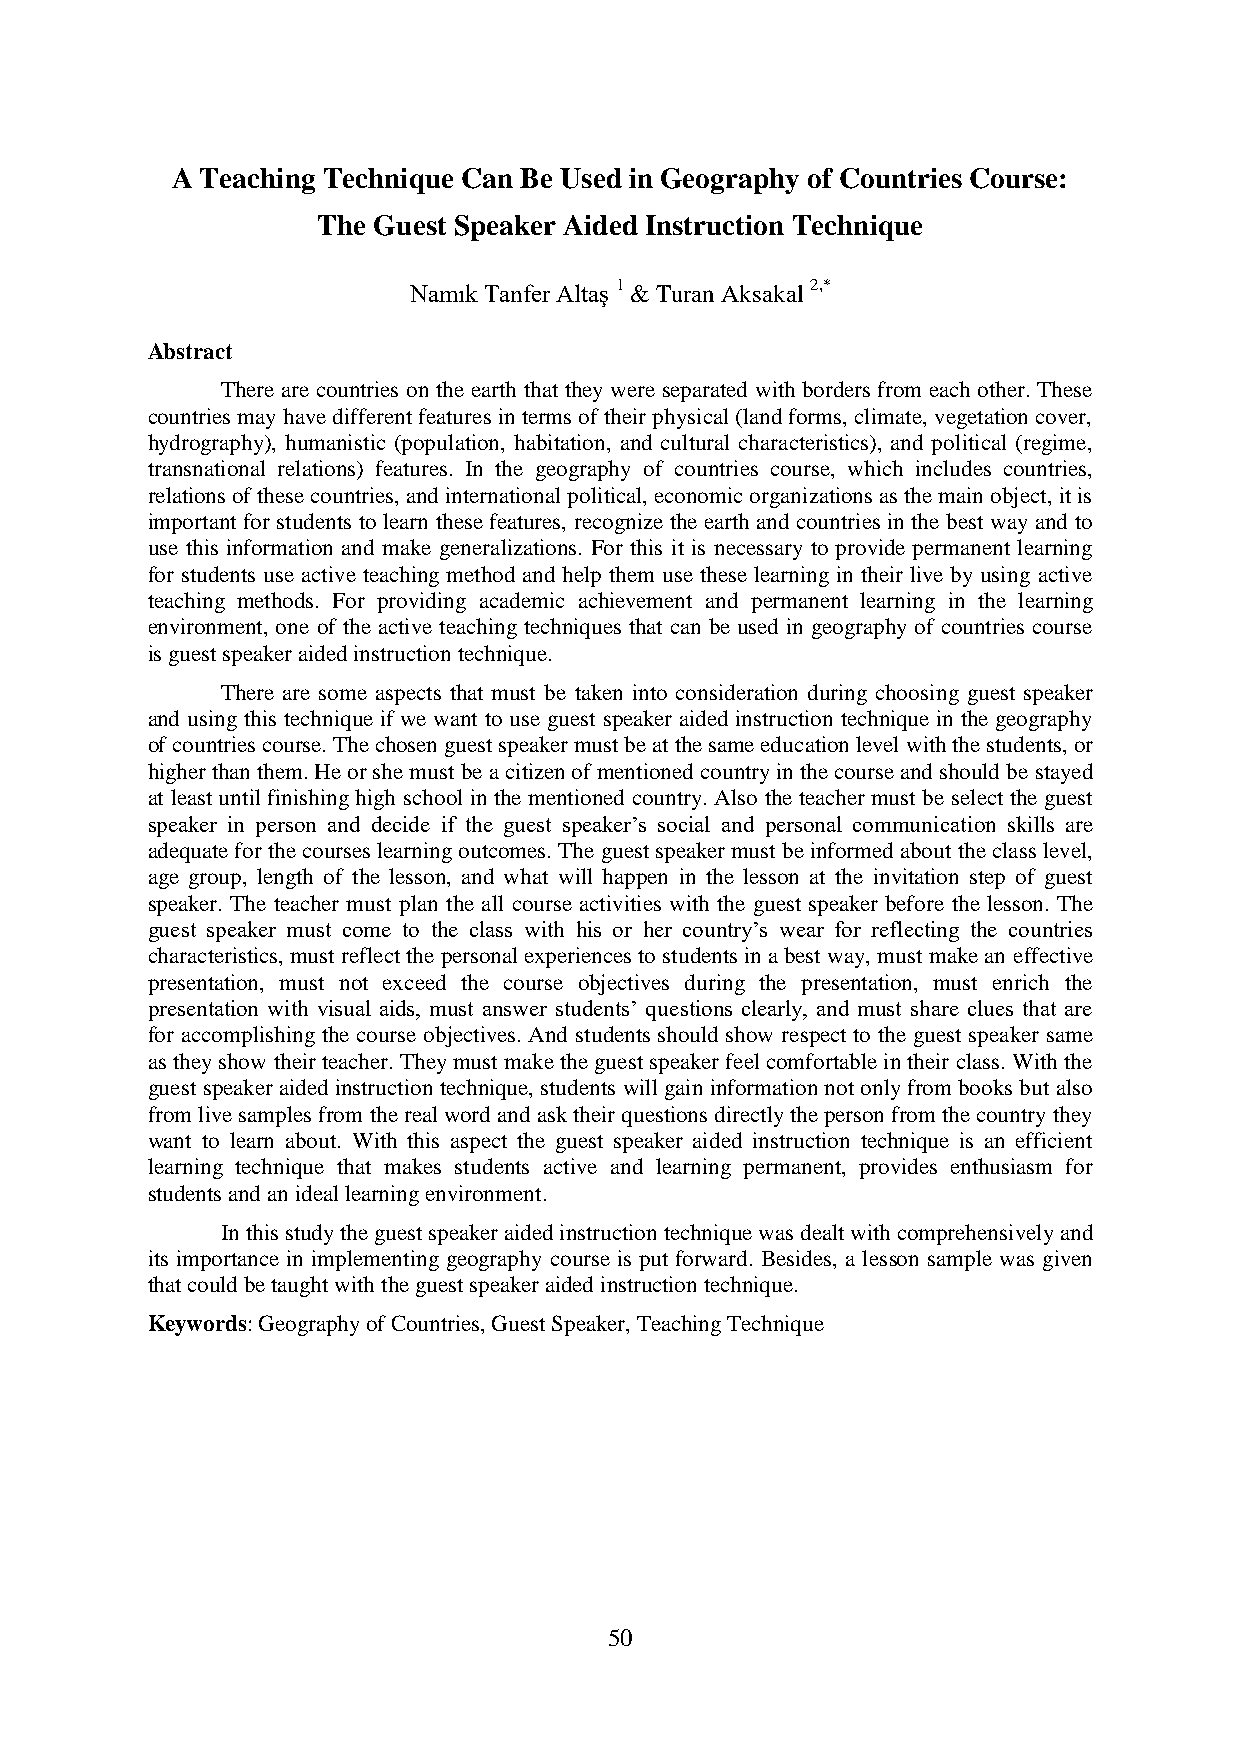
A Teaching Technique Can Be Used in Geography of Countries Course:
 The Guest Speaker Aided Instruction Technique
 Namık Tanfer Altaş 1 & Turan Aksakal 2,*
 Abstract
 There are countries on the earth that they were separated with borders from each other. These
 countries may have different features in terms of their physical (land forms, climate, vegetation cover,
 hydrography), humanistic (population, habitation, and cultural characteristics), and political (regime,
 transnational relations) features. In the geography of countries course, which includes countries,
 relations of these countries, and international political, economic organizations as the main object, it is
 important for students to learn these features, recognize the earth and countries in the best way and to
 use this information and make generalizations. For this it is necessary to provide permanent learning
 for students use active teaching method and help them use these learning in their live by using active
 teaching methods. For providing academic achievement and permanent learning in the learning
 environment, one of the active teaching techniques that can be used in geography of countries course
 is guest speaker aided instruction technique.
 There are some aspects that must be taken into consideration during choosing guest speaker
 and using this technique if we want to use guest speaker aided instruction technique in the geography
 of countries course. The chosen guest speaker must be at the same education level with the students, or
 higher than them. He or she must be a citizen of mentioned country in the course and should be stayed
 at least until finishing high school in the mentioned country. Also the teacher must be select the guest
 speaker in person and decide if the guest speaker’s social and personal communication skills are
 adequate for the courses learning outcomes. The guest speaker must be informed about the class level,
 age group, length of the lesson, and what will happen in the lesson at the invitation step of guest
 speaker. The teacher must plan the all course activities with the guest speaker before the lesson. The
 guest speaker must come to the class with his or her country’s wear for reflecting the countries
 characteristics, must reflect the personal experiences to students in a best way, must make an effective
 presentation, must not exceed the course objectives during the presentation, must enrich the
 presentation with visual aids, must answer students’ questions clearly, and must share clues that are
 for accomplishing the course objectives. And students should show respect to the guest speaker same
 as they show their teacher. They must make the guest speaker feel comfortable in their class. With the
 guest speaker aided instruction technique, students will gain information not only from books but also
 from live samples from the real word and ask their questions directly the person from the country they
 want to learn about. With this aspect the guest speaker aided instruction technique is an efficient
 learning technique that makes students active and learning permanent, provides enthusiasm for
 students and an ideal learning environment.
 In this study the guest speaker aided instruction technique was dealt with comprehensively and
 its importance in implementing geography course is put forward. Besides, a lesson sample was given
 that could be taught with the guest speaker aided instruction technique.
 Keywords: Geography of Countries, Guest Speaker, Teaching Technique
 50